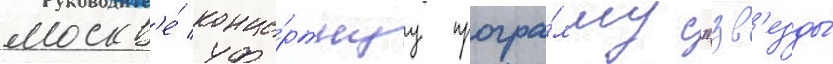
москв'е́ конце́ртнуу програ́мму "зв'езды́